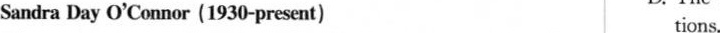
Sandra Day O'Connor (1930-present) tions.